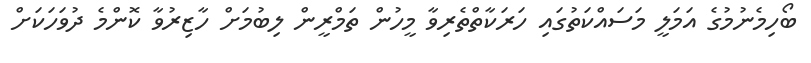
ބޯހިމެނުމުގެ އަމަލީ މަސައްކަތުގައި ހަރަކާތްތެރިވާ މީހުން ތަމްރީން ލިބުމަށް ހާޒިރުވާ ކޮންމެ ދުވަހަކަށް